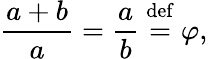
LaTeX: {\frac{a+b}{a}}={\frac{a}{b}}\ {\stackrel{\mathrm{def}}{=}}\ \varphi,